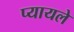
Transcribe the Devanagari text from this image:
प्यायले